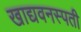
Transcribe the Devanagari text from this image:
खाद्यवनस्पती